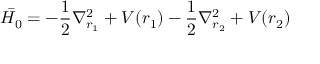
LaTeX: { \bar { H _ { 0 } } } = - { \frac { 1 } { 2 } } \nabla _ { r _ { 1 } } ^ { 2 } + V ( r _ { 1 } ) - { \frac { 1 } { 2 } } \nabla _ { r _ { 2 } } ^ { 2 } + V ( r _ { 2 } )